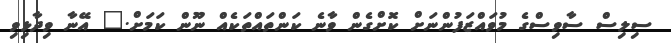
ސިލިސް ސާވިސްގެ މުވައްޒަފުންނަށް ކޮށްގެން ވާނެ ކަންތައްތަކެއް ނޫން ކަމަށް." އޭނާ ވިދާޅިވި